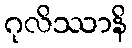
ဂုလိဿာနိ